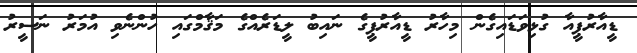
ޑީއާރުޕީއާ ގުޅިވަޑައިގެން މިހާރު ޑީއާރުޕީގެ ނައިބު ލީޑަރެއްގެ މަޤާމްގައި ހުންނެވި އުމަރު ނަސީރު